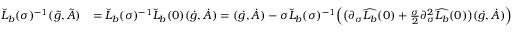
\begin{array} { r l } { \check { L } _ { b } ( \sigma ) ^ { - 1 } ( \tilde { g } , \tilde { A } ) } & { = \check { L } _ { b } ( \sigma ) ^ { - 1 } \check { L } _ { b } ( 0 ) ( \dot { g } , \dot { A } ) = ( \dot { g } , \dot { A } ) - \sigma \check { L } _ { b } ( \sigma ) ^ { - 1 } \Big ( \big ( \partial _ { \sigma } \widehat { L _ { b } } ( 0 ) + \frac { \sigma } { 2 } \partial _ { \sigma } ^ { 2 } \widehat { L _ { b } } ( 0 ) \big ) ( \dot { g } , \dot { A } ) \Big ) } \end{array}